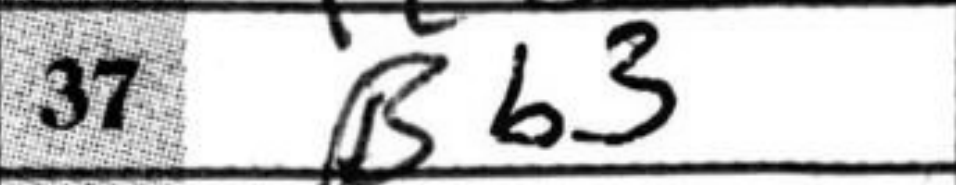
Transcription: Bb3